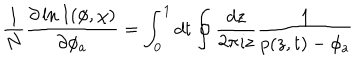
\frac { 1 } { N } \frac { \partial \ln I ( \phi , \chi ) } { \partial \phi _ { a } } = \int _ { 0 } ^ { 1 } d t \oint \frac { d z } { 2 \pi \imath z } \frac { 1 } { p ( z , t ) - \phi _ { a } }